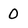
Character: 0